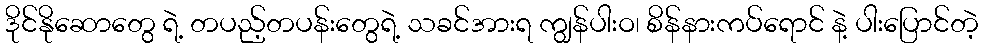
ဒိုင်နိုဆောတွေ ရဲ့ တပည့်တပန်းတွေရဲ့ သခင်အားရ ကျွန်ပါးဝ၊ စိန်နားကပ်ရောင် နဲ့ ပါးပြောင်တဲ့